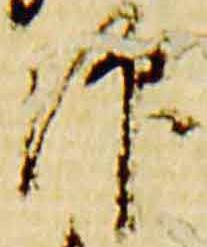
仰